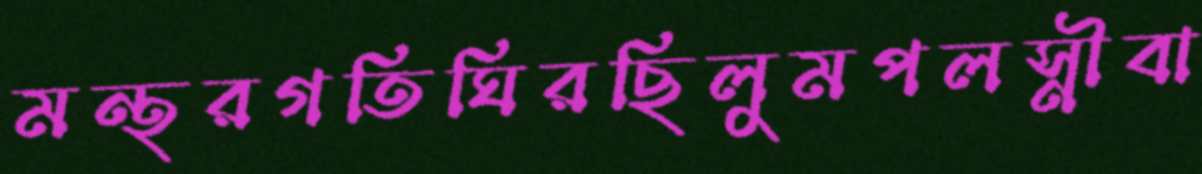
মন্থরগতিঘিরছিলুমপলস্নীবা